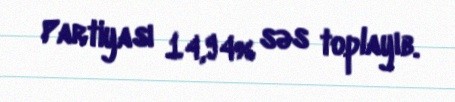
Partiyası 14,94% səs toplayıb.